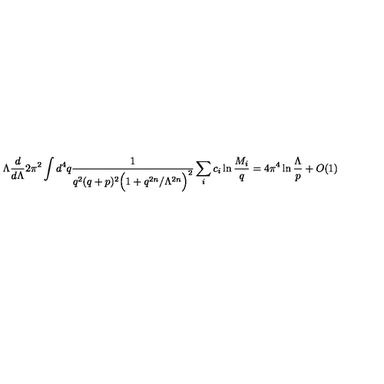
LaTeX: \Lambda \frac { d } { d \Lambda } 2 \pi ^ { 2 } \int d ^ { 4 } q \frac { 1 } { q ^ { 2 } ( q + p ) ^ { 2 } \Big ( 1 + q ^ { 2 n } / \Lambda ^ { 2 n } \Big ) ^ { 2 } } \sum _ { i } c _ { i } \ln \frac { M _ { i } } { q } = 4 \pi ^ { 4 } \ln \frac { \Lambda } { p } + O ( 1 )